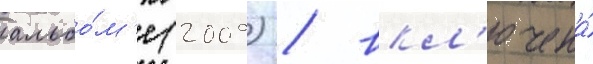
альбо́м'е (2009) / вкл'ючена́